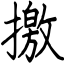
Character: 撽